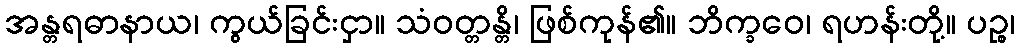
အန္တရဓာနာယ၊ ကွယ်ခြင်းငှာ။ သံဝတ္တန္တိ၊ ဖြစ်ကုန်၏။ ဘိက္ခဝေ၊ ရဟန်းတို့။ ပဉ္စ၊